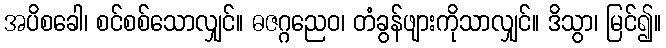
အပိစခေါ၊ စင်စစ်သောလျှင်။ ဓဇဂ္ဂညေဝ၊ တံခွန်ဖျားကိုသာလျှင်။ ဒိသွာ၊ မြင်၍။